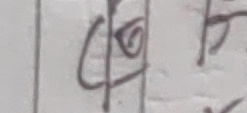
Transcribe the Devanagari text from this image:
क